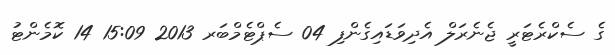
ގެ ސެކްރެޓަރީ ޖެނެރަލް އެދިވަޑައިގެންފި 04 ސެޕްޓެމްބަރ 2013 15:09 14 ކޮމެންޓު